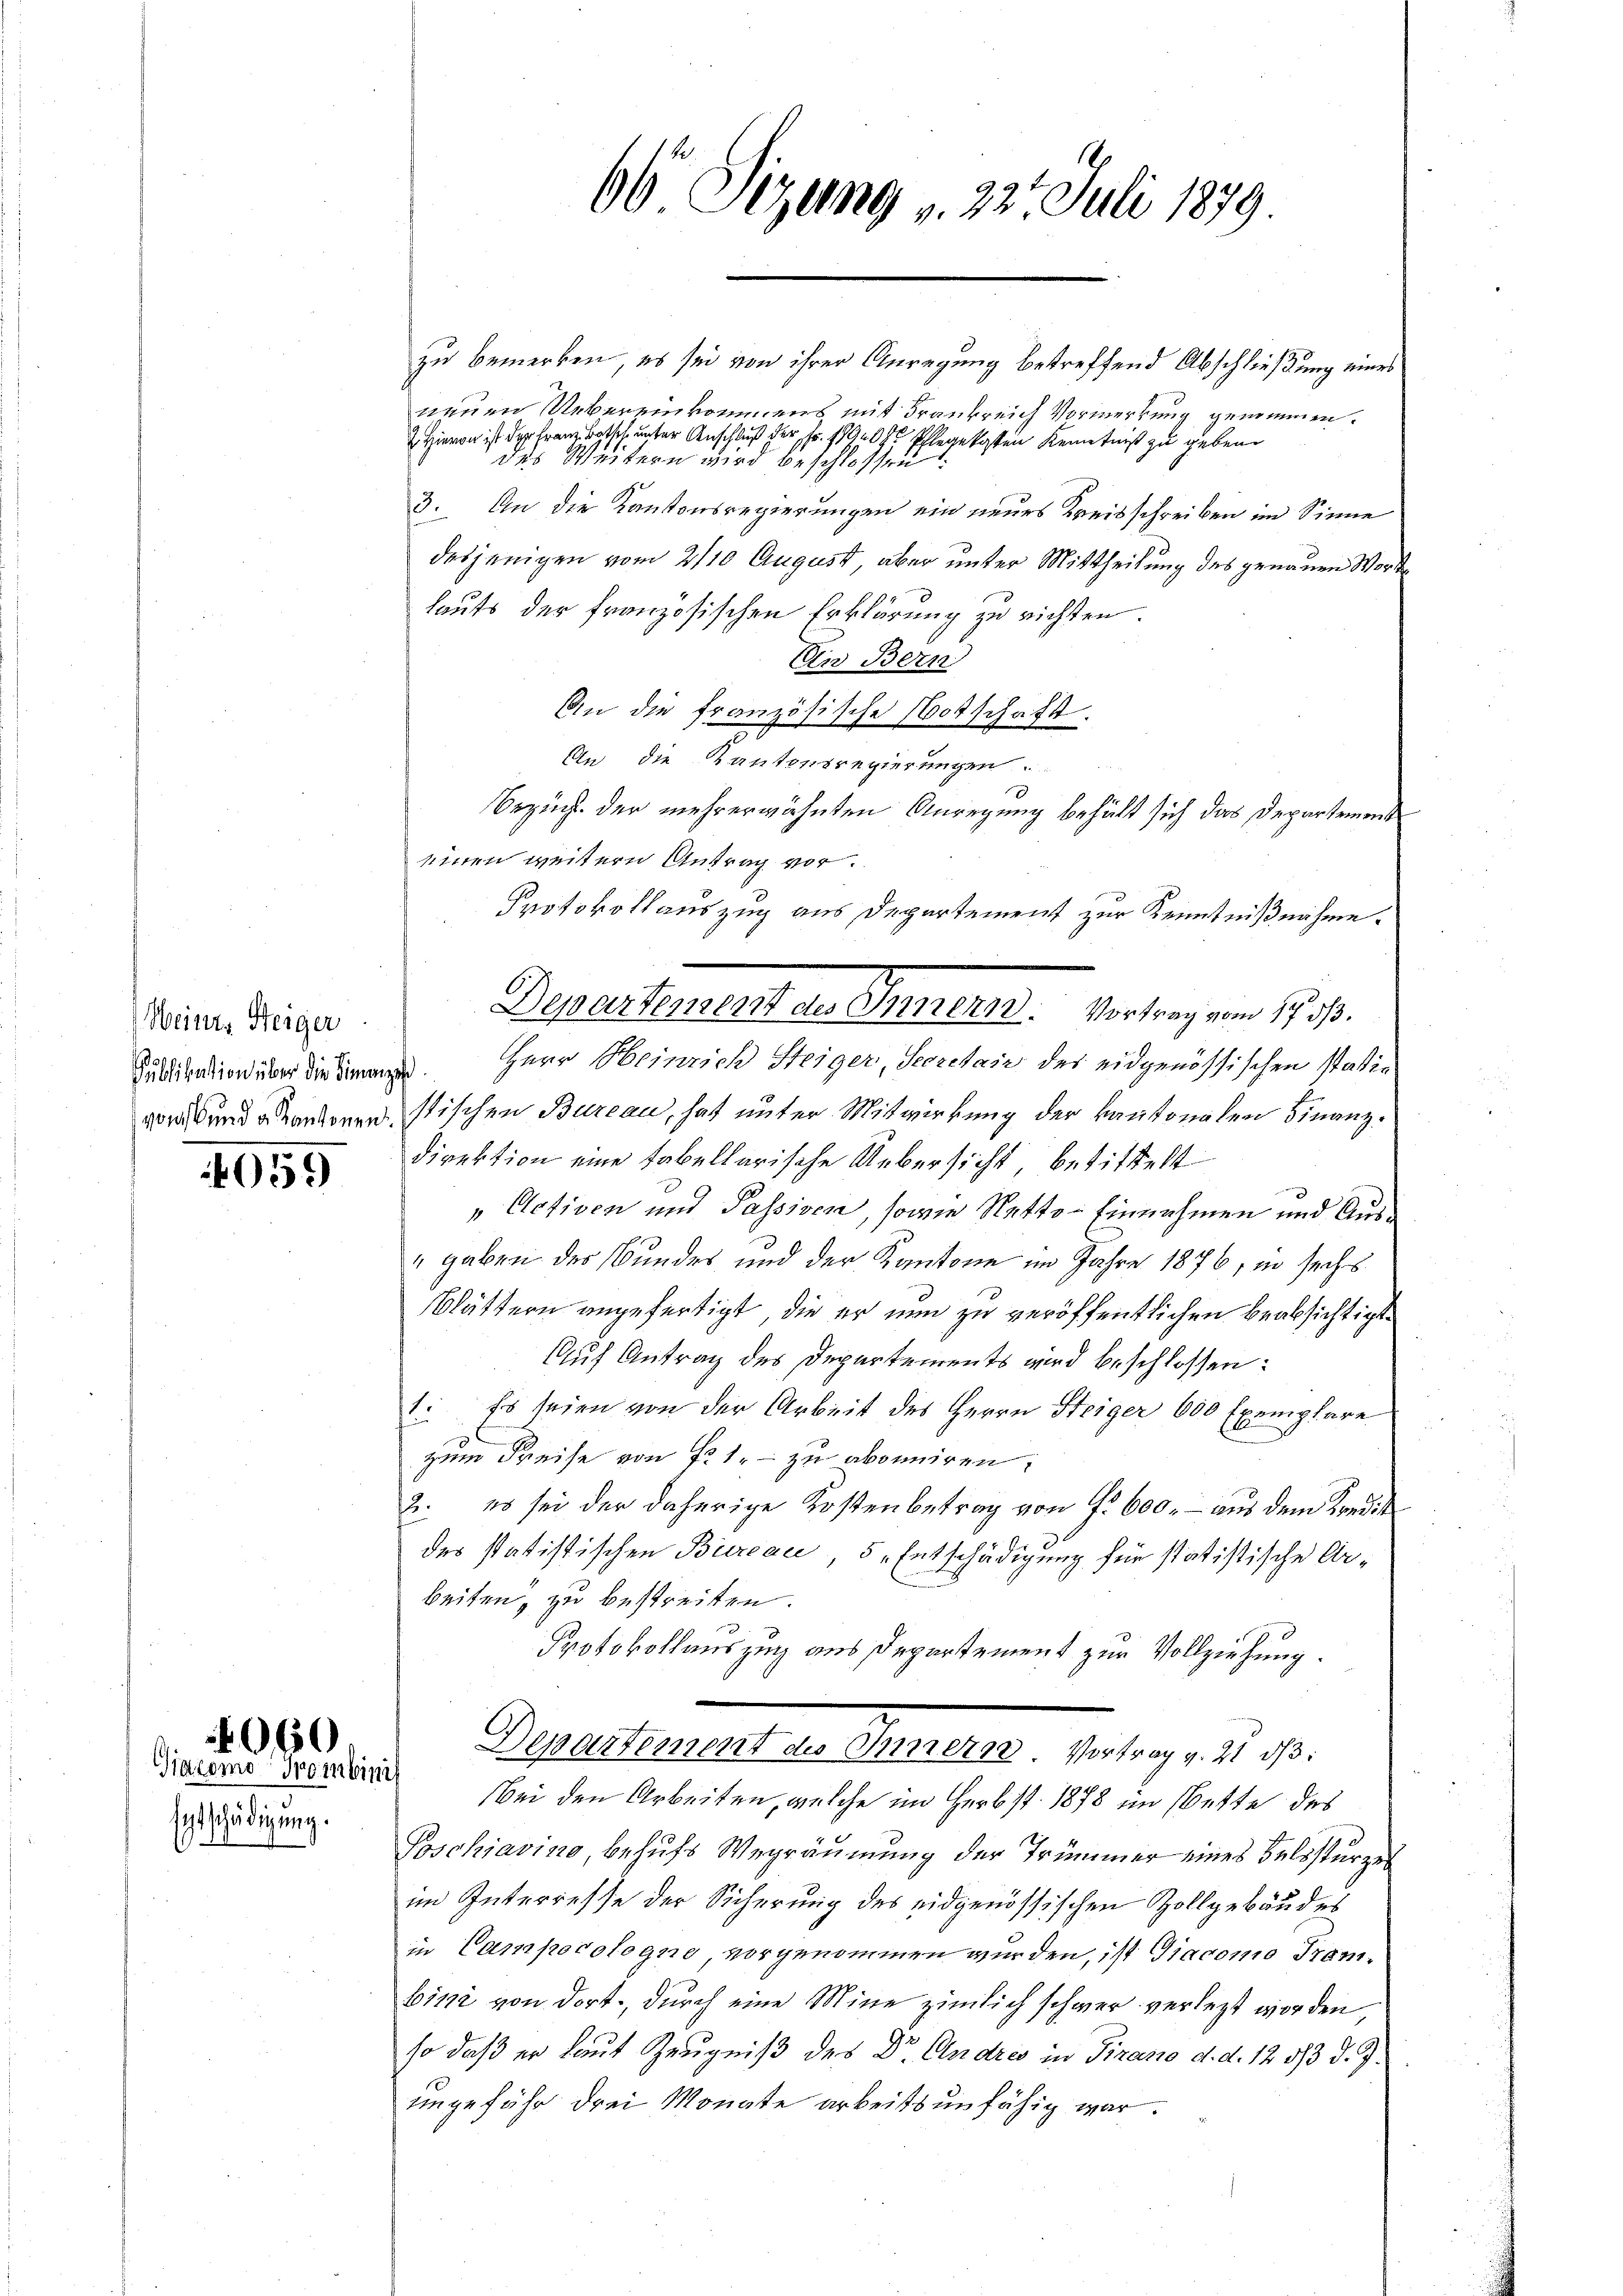
Weines Steiger
Publikation über die Finanzes

1059

Entschädigung.

060
Giacomo Kombinis

zu bemerken, es sei von ihrer Anregung betreffend Abschließung eines
neuen Uebereinkommens mit Frankreich Vormerkung genommen.
 Hievon ist der Franz Botsch unter Anschluß der Fr. 1790 Pflegekosten Kenntniß zu geben.
das Weitern wird beschlossen
3. An die Kantonsregierungen ein neues Kreisschreiben im Sinne
desjenigen vom 2110 August, aber unter Mittheilung des genauen Worte
lauts der französischen Erklärung zu richten.
Ein Bern
An die französische Botschaft.
An die Kantonsregierungen
Bezug der mehrerwähnten Anregung behält sich das Departement
einen weitern Antrag vor.
Protokollauszug aus Departement zur Kenntnißnahme.
Herr Heinrich Steiger, Secretair des eidgenössischen statiri und Kantonen stischen Bureau, hat unter Mitwirkung der kantonalen Finanz¬
Direktion eine tabellarische Uebersicht, betittelt
Activen und Passiven, sowie Netto-Einnahmen und Aus¬
" gaben der Bundes und der Kantone im Jahre 1876, in sechs
blättern angefertigt, die er nun zu veröffentlichen beabsichtigte
Auf Antrag des Departements wird beschlossen:
1. Es seien von der Arbeit des Herrn Steiger 600 Exemplare
E
zum Preise von f. 1.- zu abonniren:
2. es sei der daherige Kostenbetrag von Fr. 600. – aus dem Kandis
des statistischen Bureau 5 „Entschädigung für statistische Arbeiten, zu bestreiten.
Protokollauszug aus Departement zur Vollziehung.
Departement an Hander Gestag. 18. 90.
Bei den Arbeiten, welche im Herbst 1878 im Wette des
Poschiavino, behufs Wegräumung der Trümmer eines Belssturzel
im Interresse der Sicherung des eidgenössischen Zollgebäudes
in Campocologne vorgenommen wurden, ist Giacomo Trambini von dort., durch eine Mine zimlich schwer verlegt worden,
so daß er laut Zeugniß des Dr. Andres in Tirano d. d. 12 1/3 d. J.
ungefähr drei Monate arbeitsunfähig war.

66 Sizung v. 22. Juli 1879

Departement an Scheuerer Vertrag von 1814.